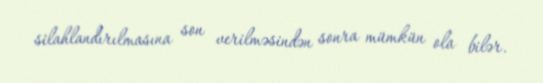
silahlandırılmasına son verilməsindən sonra mümkün ola bilər.